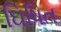
ઘિષિત